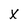
Character: X